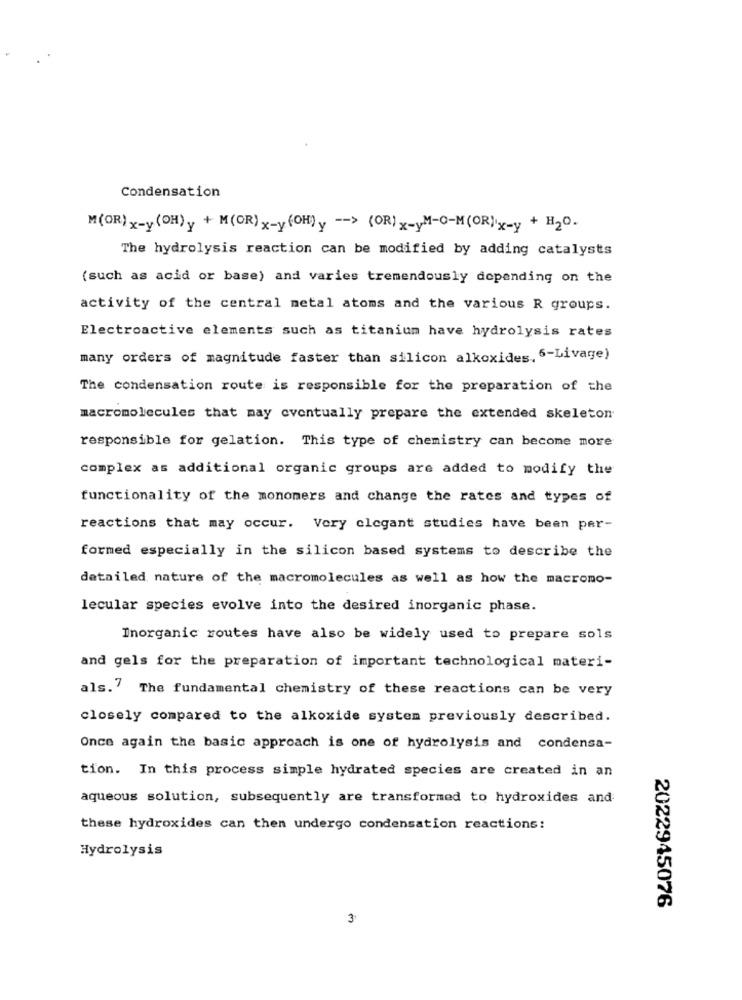
Condensation
M(OR) x-y (OH) y + M(OR) x-y (OH) y -- > (OR) x-yM-O-M(OR)x-y + H2O.
The hydrolysis reaction can be modified by adding catalysts
(such as acid or base) and varies tremendously depending on the
activity of the central metal atoms and the various R groups.
Electroactive elements such as titanium have hydrolysis rates
many orders of magnitude faster than silicon alkoxides. 6-Livage)
The condensation route is responsible for the preparation of the
macromolecules that may eventually prepare the extended skeleton
responsible for gelation. This type of chemistry can become more
complex as additional organic groups are added to modify the
functionality of the monomers and change the rates and types of
reactions that may occur. Very elegant studies have been per-
formed especially in the silicon based systems to describe the
detailed nature of the macromolecules as well as how the macromo-
lecular species evolve into the desired inorganic phase.
Inorganic routes have also be widely used to prepare sols
and gels for the preparation of important technological materi-
als.' The fundamental chemistry of these reactions can be very
closely compared to the alkoxide system previously described.
Once again the basic approach is one of hydrolysis and condensa-
tion. In this process simple hydrated species are created in an
aqueous solution, subsequently are transformed to hydroxides and
these hydroxides can then undergo condensation reactions:
Hydrolysis
2022945076
3